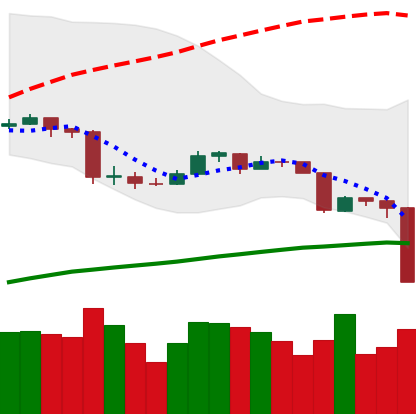
Ticker: ETC-USD
Chart end date: 2020-03-12
Forward return: 14.192%
Label: up_7plus